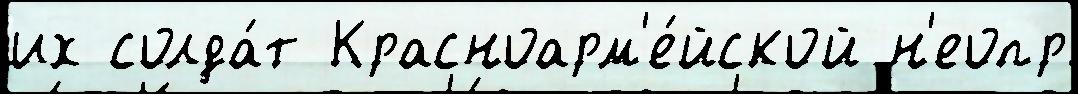
их солда́т Красноарм'е́йской н'еопр